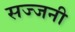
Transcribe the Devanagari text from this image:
सज्जनी